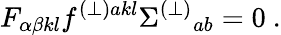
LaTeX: F_{\alpha\beta kl}f^{(\perp)akl}\Sigma^{(\perp)}{}_{ab}=0\ .